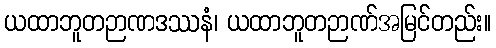
ယထာဘူတဉာဏဒဿနံ၊ ယထာဘူတဉာဏ်အမြင်တည်း။